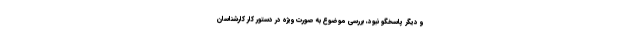
و دیگر پاسخگو نبود، بررسی موضوع به صورت ویژه در دستور کار کارشناسان